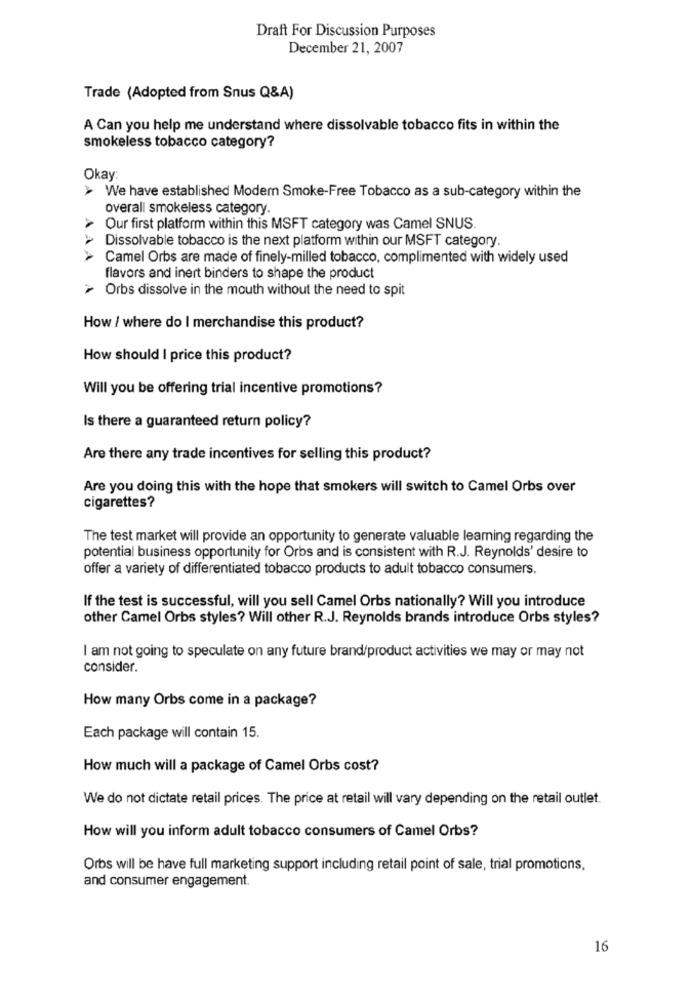
Draft For Discussion Purposes
December 21, 2007
Trade (Adopted from Snus Q&A)
A Can you help me understand where dissolvable tobacco fits in within the
smokeless tobacco category?
Okay:
> We have established Modem Smoke-Free Tobacco as a sub-category within the
overall smokeless category
Our first platform within this MSFT category was Camel SNUS.
Dissolvable tobacco is the next platform within our MSFT category.
AA
Camel Orbs are made of finely-milled tobacco, complimented with widely used
flavors and inert binders to shape the product
> Orbs dissolve in the mouth without the need to spit
How / where do I merchandise this product?
How should I price this product?
Will you be offering trial incentive promotions?
Is there a guaranteed return policy?
Are there any trade incentives for selling this product?
Are you doing this with the hope that smokers will switch to Camel Orbs over
cigarettes?
The test market will provide an opportunity to generate valuable learning regarding the
potential business opportunity for Orbs and is consistent with R.J. Reynolds' desire to
offer a variety of differentiated tobacco products to adult tobacco consumers.
If the test is successful, will you sell Camel Orbs nationally? Will you introduce
other Camel Orbs styles? Will other R.J. Reynolds brands introduce Orbs styles?
I am not going to speculate on any future brand/product activities we may or may not
consider.
How many Orbs come in a package?
Each package will contain 15.
How much will a package of Camel Orbs cost?
We do not dictate retail prices. The price at retail will vary depending on the retail outlet.
How will you inform adult tobacco consumers of Camel Orbs?
Orbs will be have full marketing support including retail point of sale, trial promotions,
and consumer engagement.
16